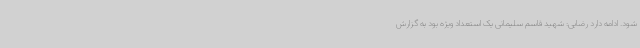
شود. ادامه دارد رضایی: شهید قاسم سلیمانی یک استعداد ویژه بود به گزارش